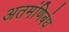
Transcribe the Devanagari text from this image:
अतमंणिबंध